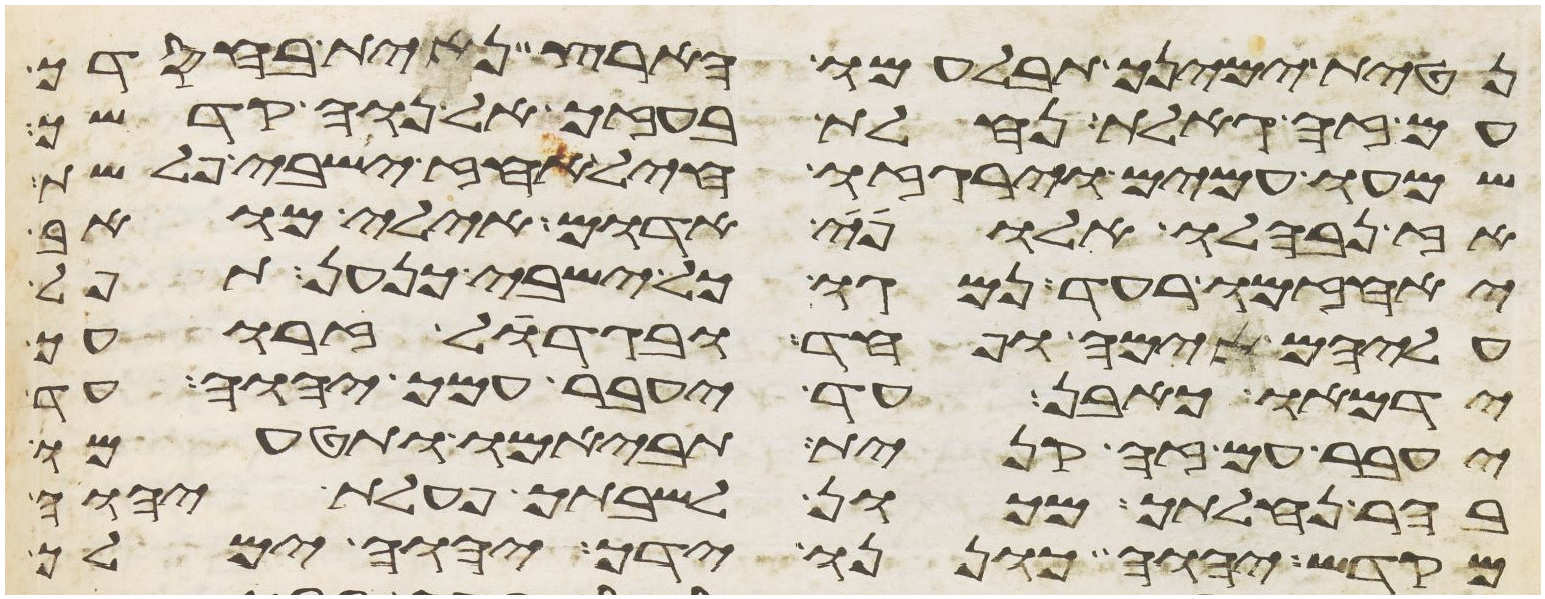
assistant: נטית ימינך תבלעמו הארץ נחית בחסדך
עם זה גאלת נחלת בעזך אל נוה קדשך
שמעו עמים וירגזו חיל אחז ישבי פלשת
אז נבהלו אלופי אדום אילי מואב
יאחזמו רעד נמגו כל ישבי כנען תפל
עליהם אימה ופחד ובגדול זרועך
ידמאו כאבן עד יעבר עמך יהוה עד
יעבר עם זה קנית תביאמו ותטעמו
בהר נחלתך מכון לשבתך פעלת יהוה
מקדש יהוה כוננו ידך יהוה ימלך